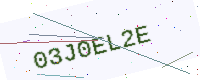
Text: 03J0EL2E